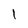
Character: 1